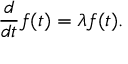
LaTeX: { \frac { d } { d t } } f ( t ) = \lambda f ( t ) .